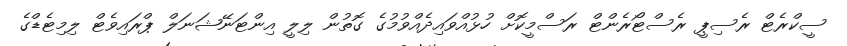
ސީކްރެޓް ރެސިޕީ ރެސްޓޯރެންޓް ރަސްމީކޮށް ހުޅުއްވައިދެއްވުމުގެ ގޮތުން ލިލީ އިންޓަނޭޝަނަލް ޕްރައިވެޓް ލިމިޓެޑްގެ